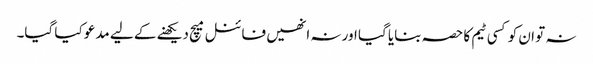
نہ تو ان کو کسی ٹیم کا حصہ بنایا گیا اور نہ انھیں فائنل میچ دیکھنے کے لیے مدعو کیا گیا۔